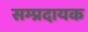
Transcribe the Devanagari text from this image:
सम्‍प्रदायक